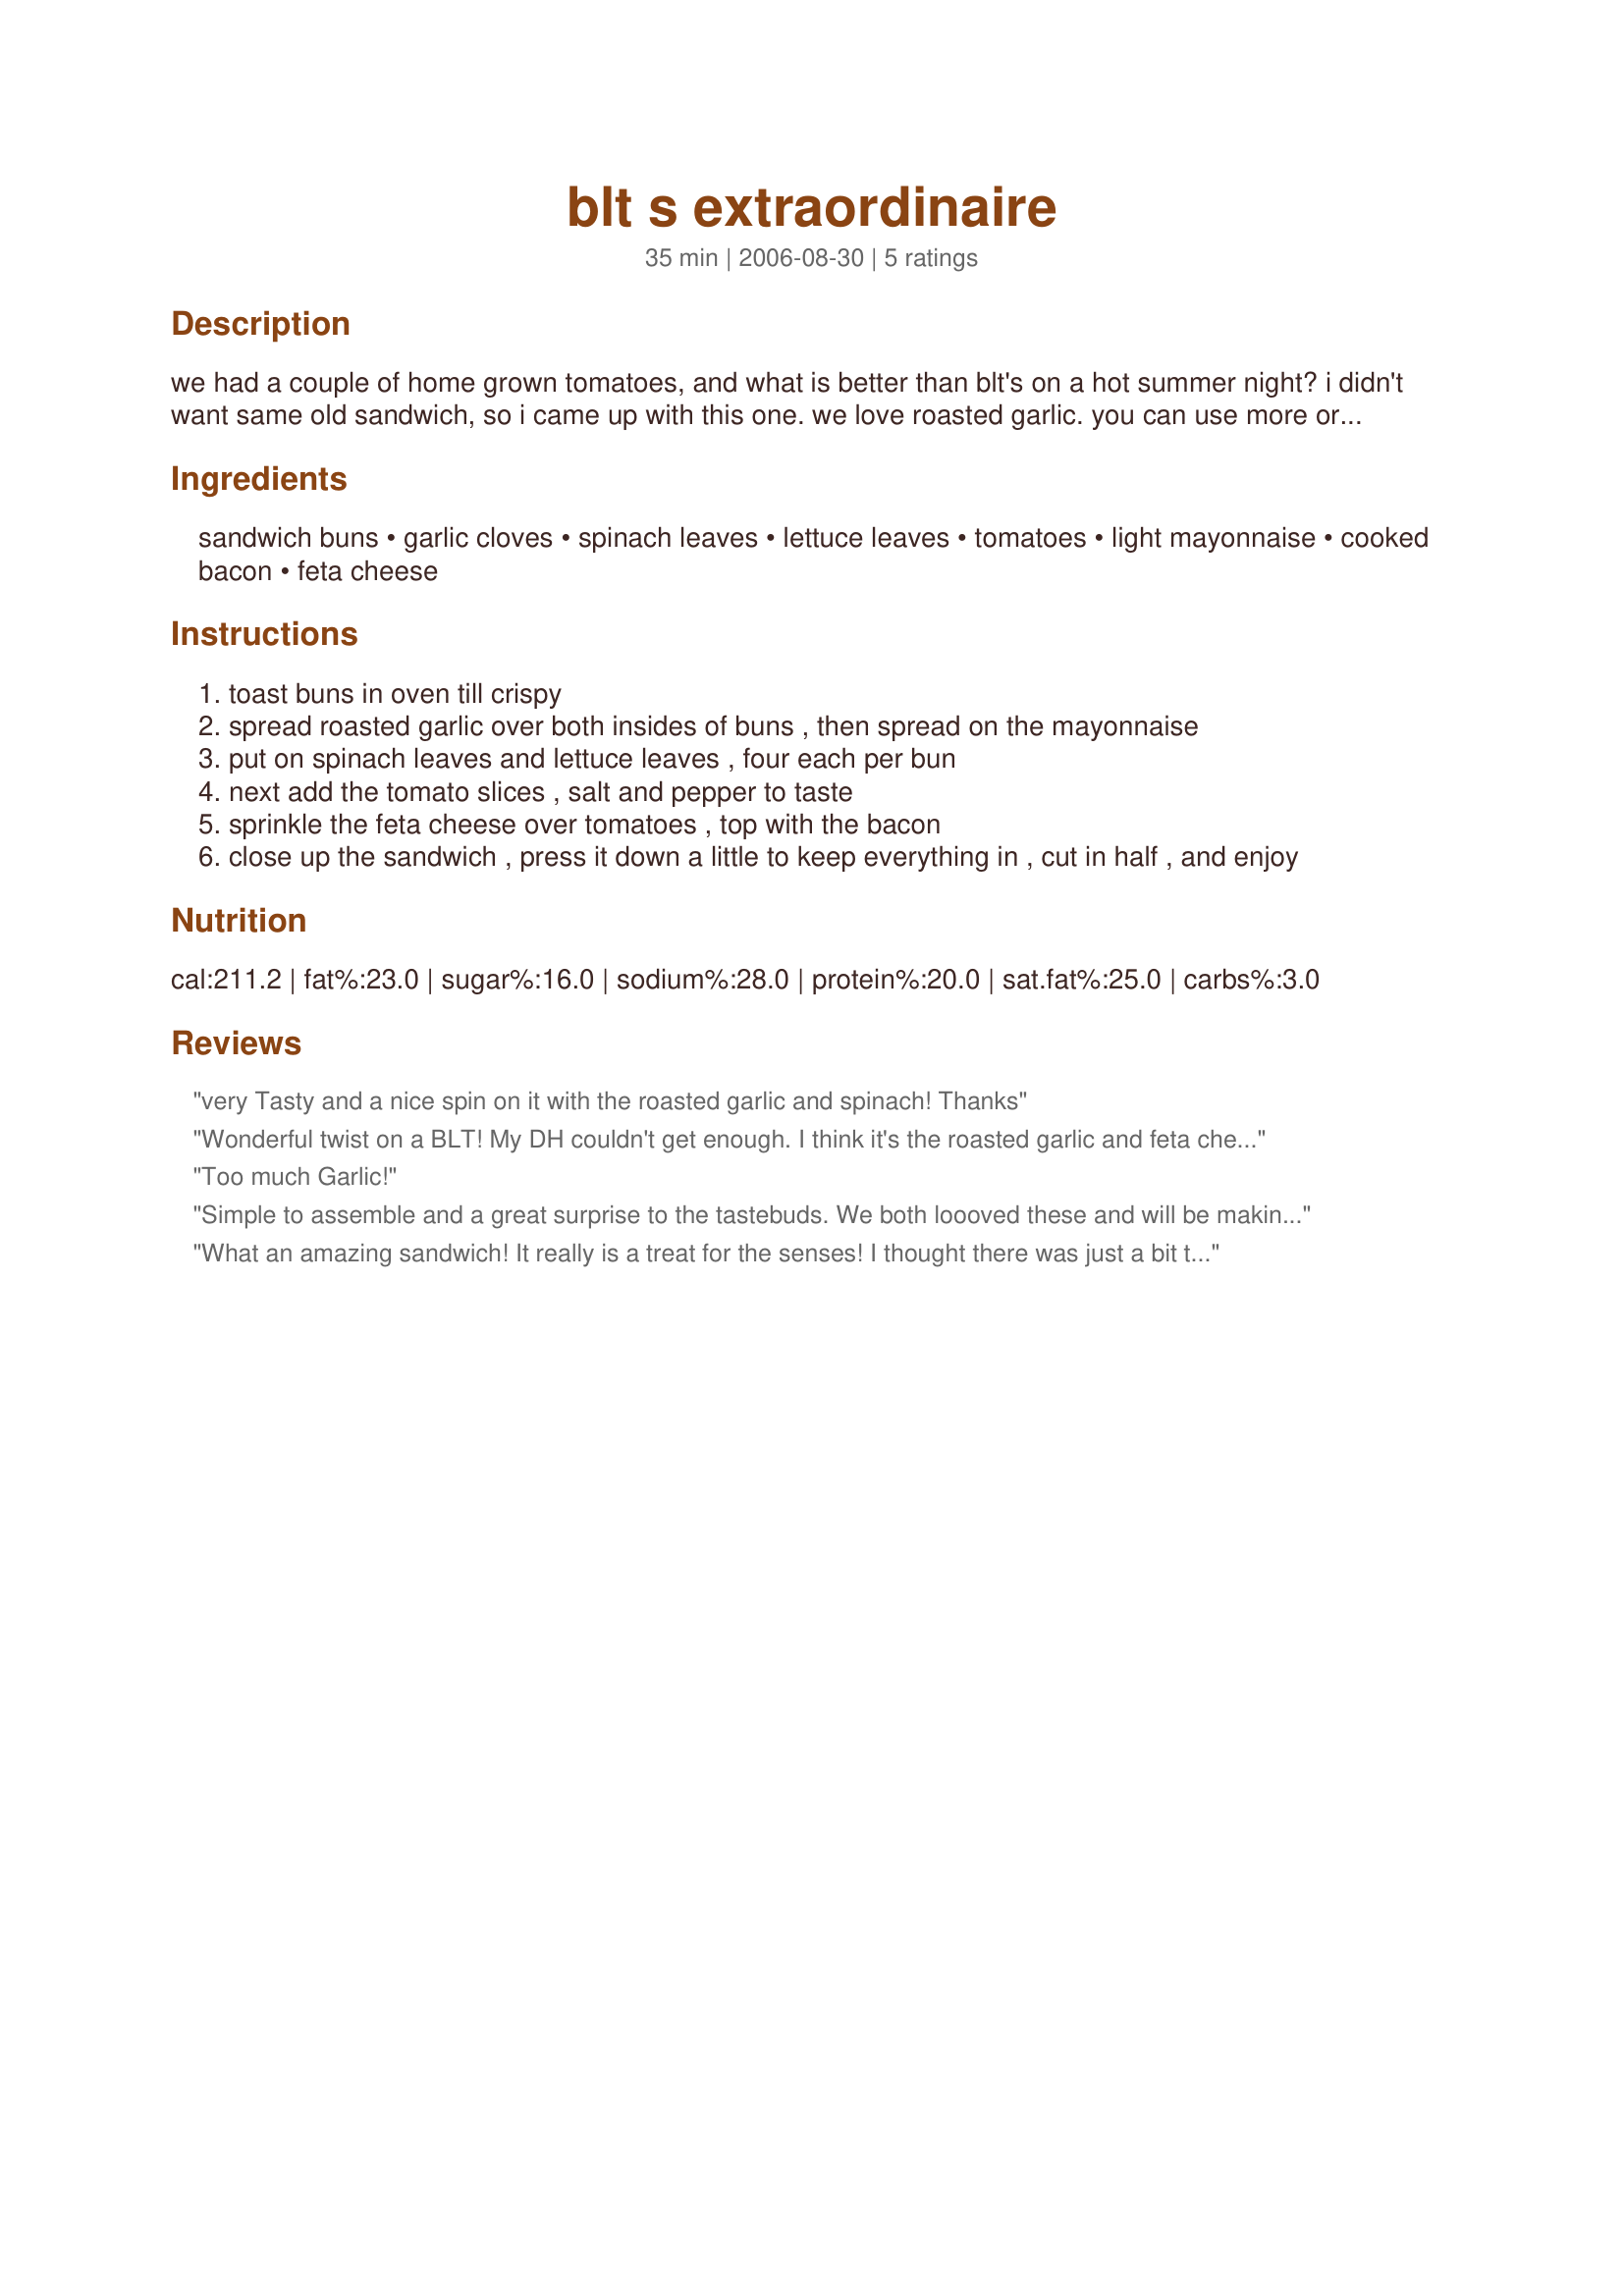
blt s extraordinaire
Preparation time: 35 minutes

we had a couple of home grown tomatoes, and what is better than blt's on a hot summer night? i didn't want same old sandwich, so i came up with this one. we love roasted garlic. you can use more or less or not at all, to your taste.

Ingredients:
sandwich buns, garlic cloves, spinach leaves, lettuce leaves, tomatoes, light mayonnaise, cooked bacon, feta cheese

Steps:
toast buns in oven till crispy
spread roasted garlic over both insides of buns , then spread on the mayonnaise
put on spinach leaves and lettuce leaves , four each per bun
next add the tomato slices , salt and pepper to taste
sprinkle the feta cheese over tomatoes , top with the bacon
close up the sandwich , press it down a little to keep everything in , cut in half , and enjoy

Reviews:
very Tasty and a nice spin on it with the roasted garlic and spinach! Thanks
Wonderful twist on a BLT! My DH couldn't get enough. I think it's the roasted garlic and feta cheese that really makes this sandwich. The only change I made was to leave out the spinach due to the recent problem with spinach in North America, but I'll use it next time. And there WILL be a next time!
Too much Garlic!
Simple to assemble and a great surprise to the tastebuds. We both loooved these and will be making them often! The roasted garlic, spinach, and feta are to die for flavors that take the BLT on fantastic voyage!! Mmmmm!!
What an amazing sandwich! It really is a treat for the senses! I thought there was just a bit too much garlic (is there such a thing?). Next time I might just spread one clove on each sandwich. I added fresh basil leaves with the spinach. So delicious!
